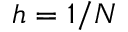
h = 1 / N